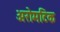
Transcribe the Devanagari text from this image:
अरोमटिक